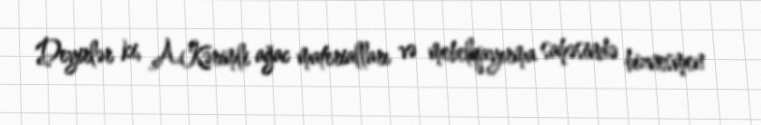
Deyirlər ki, A.Kərimli ağac materialları və mebelqayırma sahəsində biznesmen